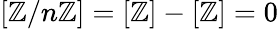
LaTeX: [\mathbb{Z}/n\mathbb{Z}]=[\mathbb{Z}]-[\mathbb{Z}]=0